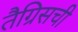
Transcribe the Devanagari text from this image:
तैग्रिसची